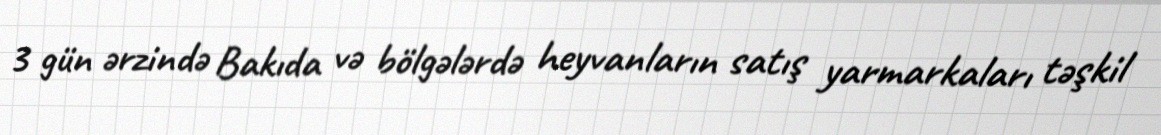
3 gün ərzində Bakıda və bölgələrdə heyvanların satış yarmarkaları təşkil